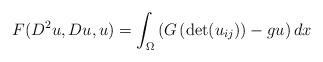
LaTeX: \begin{align*}F(D^{2}u,Du,u)=\int_{\Omega}\left( G\left( \det(u_{ij})\right) -gu\right)dx\end{align*}